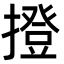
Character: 撜